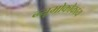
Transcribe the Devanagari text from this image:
न्यूमोकोकाय